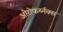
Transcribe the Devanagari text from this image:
ओरोफर्य्नक्स